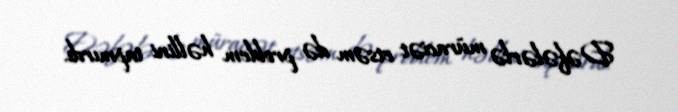
Dəfələrlə müraciət etsəm də problem həllini tapmırdı.